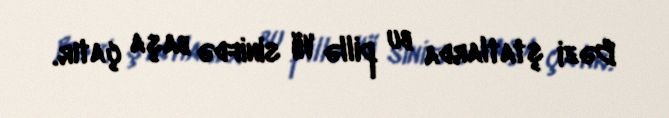
Bəzi ştatlarda bu pillə VII sinifdə başa çatır.